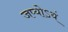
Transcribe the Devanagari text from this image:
जप्योऽयं